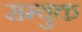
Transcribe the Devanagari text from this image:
सम्युक्त